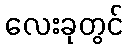
လေးခုတွင်